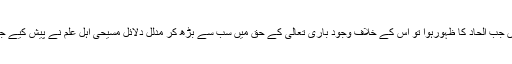
یا پھر انیسویں صدی میں جب الحاد کا ظہورہوا تو اس کے خلاف وجود باری تعالیٰ کے حق میں سب سے بڑھ کر مدلل دلائل مسیحی اہل علم نے پیش کیے جو بہت بڑی خدمت تھی۔